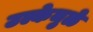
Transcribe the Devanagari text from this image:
उल्केमुळे